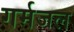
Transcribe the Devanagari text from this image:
गर्मजल